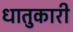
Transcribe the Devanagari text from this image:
धातुकारी